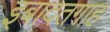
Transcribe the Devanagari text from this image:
इबादतगाह